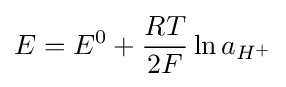
E=E^{0}+{\frac {RT}{2F}}\ln a_{H^{+}}